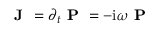
\textbf { J } = \partial _ { t } \textbf { P } = - \mathrm { i } \omega \textbf { P }